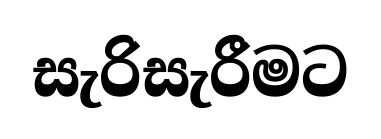
සැරිසැරීමට